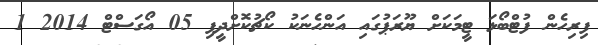
ފިރިހެން ފުޓްބޯޅަ ޓީމަކަށް ޔޫރަޕުގައި އަންހެނަކު ކޯޗުކޮށްދީފި 05 އޯގަސްޓް 2014 1